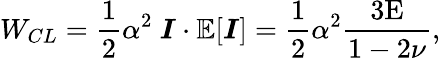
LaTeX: W_{CL}=\frac{1}{2}\alpha^{2}\ \boldsymbol{I}\cdot\mathbb{E}[\boldsymbol{I}]=\frac{1}{2}\alpha^{2}\frac{3\textup{E}}{1-2\nu},